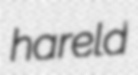
hareld